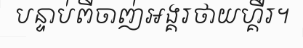
បន្ទាប់ពីចាញ់អង្គរថាយហ្គឺរ។